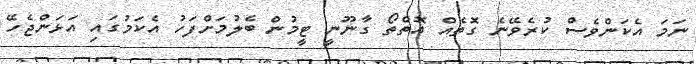
ނަމަ އެކަންވެސް ކުރެވޭނެ ގޮތެއް އޮތްތޯ ގާނޫނީ ޓީމުން ބެލުމަށްފަހު އެކަމުގައި އަޅަންޖެހޭ